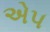
એ૫